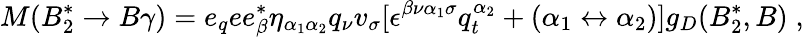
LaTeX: M(B_{2}^{*}\to B\gamma)=e_{q}ee_{\beta}^{*}\eta_{\alpha_{1}\alpha_{2}}q_{\nu}v_{\sigma}[\epsilon^{\beta\nu{\alpha_{1}}\sigma}q_{t}^{\alpha_{2}}+(\alpha_{1}\leftrightarrow\alpha_{2})]g_{D}(B_{2}^{*},B)\; ,